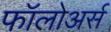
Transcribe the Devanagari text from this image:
फॉलोअर्स